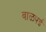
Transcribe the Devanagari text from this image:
वाळपई